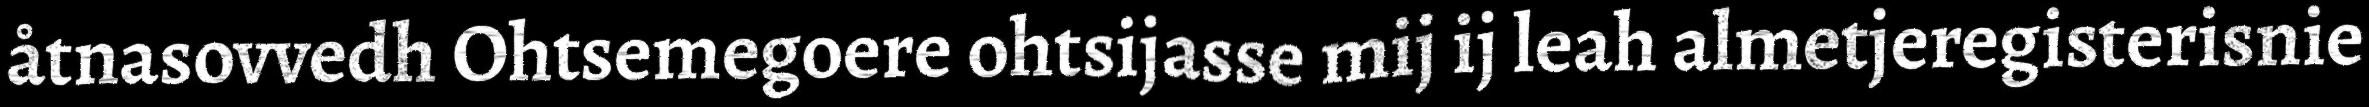
åtnasovvedh Ohtsemegoere ohtsijasse mij ij leah almetjeregisterisnie